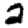
Digit: 2